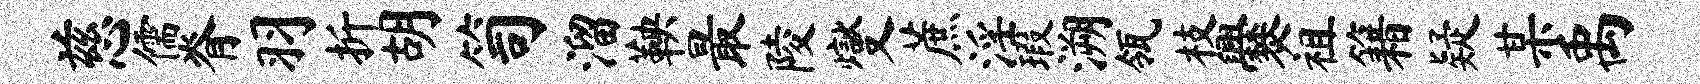
慈儒脊羽折胡笥溜鞅最陵燮蔗淫瑕溯瓴枝爨祖籍疑某禹